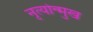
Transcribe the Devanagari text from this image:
नृत्योन्मुख